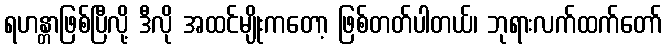
ရဟန္တာဖြစ်ပြီလို့ ဒီလို အထင်မျိုးကတော့ ဖြစ်တတ်ပါတယ်၊ ဘုရားလက်ထက်တော်